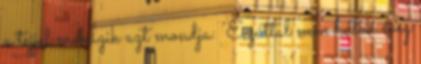
a tejjel mókázik azt mondja: ‘Ezúttal nem halok meg